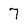
Character: 7